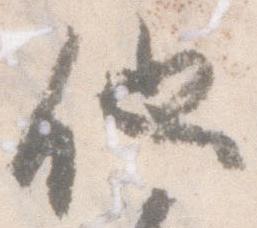
他